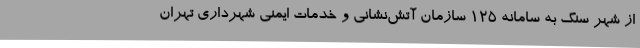
از شهر سنگ به سامانه ١٢۵ سازمان آتش‌نشانی و خدمات ایمنی شهرداری تهران